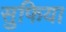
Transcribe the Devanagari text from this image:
सुफिया